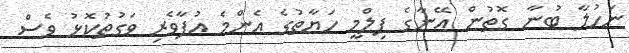
ނަހުލާ ބުނާ ގޮތުން އޭނާގެ ފިލްމީ ހަޔާތުގެ އެންމެ އުފާވެރި ވަގުތުކޮޅު ވެސް